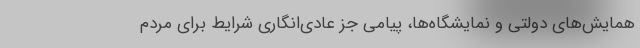
همایش‌های دولتی و نمایشگاه‌ها، پیامی جز عادی‌انگاری شرایط برای مردم